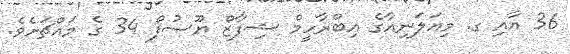
36 އާއި ގ. މިއަލަނިއާގެ އިބްރާހީމް ޝިފާޒް ޔޫސުފް 34 ގެ މައްޗަށެވެ.